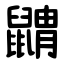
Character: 䶇